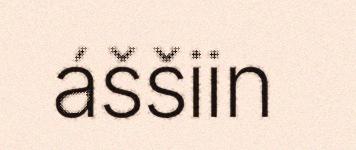
áššiin